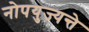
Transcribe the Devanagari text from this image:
नोपयुज्यन्ते